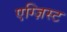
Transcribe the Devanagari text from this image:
एग्ज़िस्ट